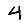
Digit: 4